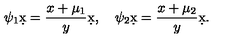
\psi _ { 1 } \d x = { \frac { x + \mu _ { 1 } } { y } } \d x , \quad \psi _ { 2 } \d x = { \frac { x + \mu _ { 2 } } { y } } \d x .